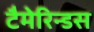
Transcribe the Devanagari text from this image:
टैमेरिन्डस